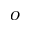
O